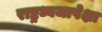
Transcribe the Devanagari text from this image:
राष्ट्रध्वजापेक्षा